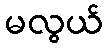
မလွယ်